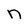
Character: n